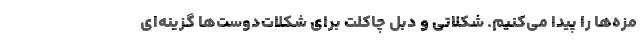
مزه‌ها را پیدا می‌کنیم. شکلاتی و دبل چاکلت برای شکلات‌دوست‌ها گزینه‌ای